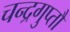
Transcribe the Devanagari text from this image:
चन्द्रगुप्तौ